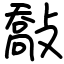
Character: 敽